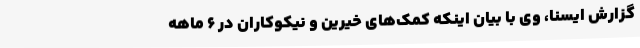
گزارش ایسنا، وی با بیان اینکه کمک‌های خیرین و نیکوکاران در 6 ماهه